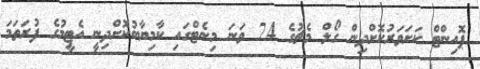
ޕޮއިންޓް ކަށަވަރުކޮށްދިން ގޯލް މެޗުގެ 74 ވަނަ މިނެޓްގައި ކާމިޔާބުކޮށްދިނީ އެޓީމުގެ ފުރަތަމަ